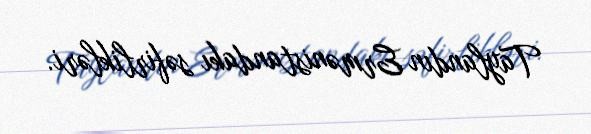
Taylandın Ermənistandakı səfirlikləri.